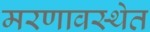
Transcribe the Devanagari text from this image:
मरणावस्थेत